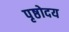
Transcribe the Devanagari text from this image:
पृष्ठोदय